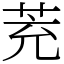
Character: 茺